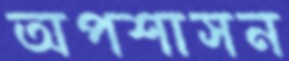
অপশাসন